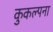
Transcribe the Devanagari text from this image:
कुकल्पना